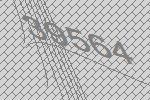
39564